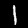
Digit: 1